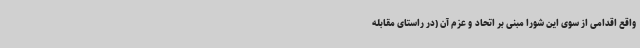
واقع اقدامی از سوی این شورا مبنی بر اتحاد و عزم آن (در راستای مقابله